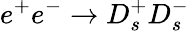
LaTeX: e^{+}e^{-}\to D_{s}^{+}D_{s}^{-}